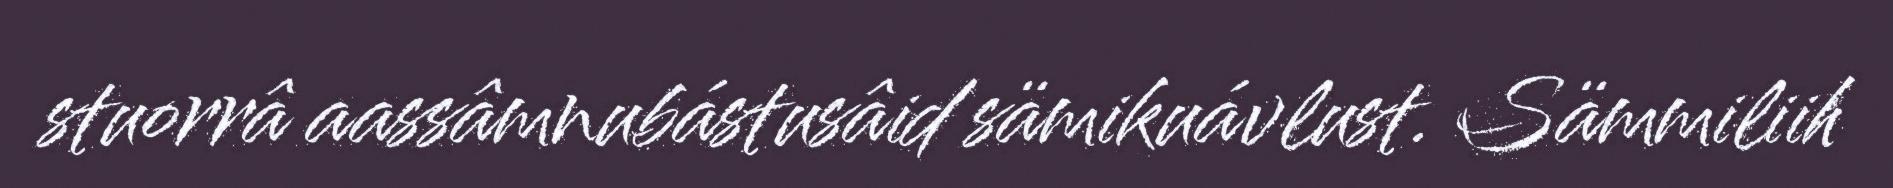
stuorrâ aassâmnubástusâid sämikuávlust. Sämmiliih